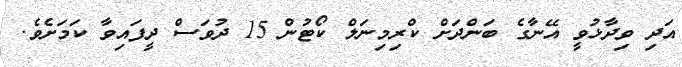
އަދި ވިދާޅުވީ އޭނާގެ ބަންދަށް ކްރިމިނަލް ކޯޓުން 15 ދުވަސް ދީފައިވާ ކަމަށެވެ.